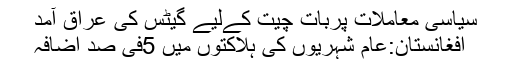
سیاسی معاملات پربات چیت کےلیے گیٹس کی عراق آمد
افغانستان:عام شہریوں کی ہلاکتوں میں 5فی صد اضافہ